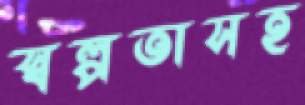
স্বল্পতাসহ